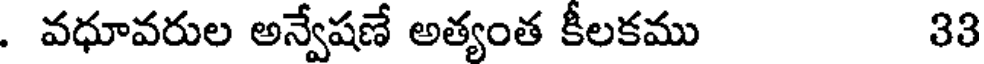
. వధూవరుల అన్వేషణే అత్యంత కీలకము 33